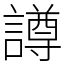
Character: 譐